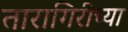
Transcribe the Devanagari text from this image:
तारागिरीच्या